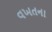
વખતના